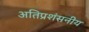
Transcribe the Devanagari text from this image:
अतिप्रशंसनीय